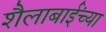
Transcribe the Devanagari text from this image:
शैलाबाईंच्या